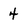
Character: 4